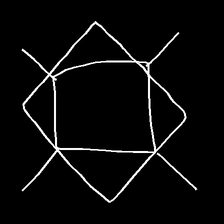
Glyph: light